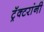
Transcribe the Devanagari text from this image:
ट्रॅक्टरांनी